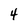
Character: 4